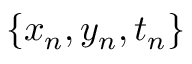
\{ x _ { n } , y _ { n } , t _ { n } \}